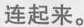
连起来。